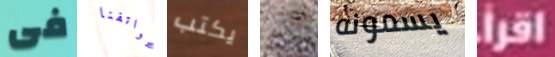
فى هواتفنا يكتب وأذا يسمونه إقرأ